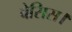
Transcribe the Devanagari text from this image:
बेसिस।